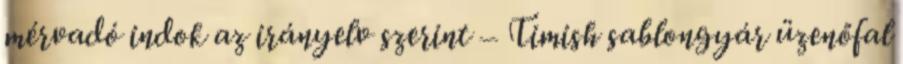
mérvadó indok az irányelv szerint – Timish sablongyár üzenőfal